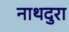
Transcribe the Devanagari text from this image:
नाथदुरा